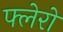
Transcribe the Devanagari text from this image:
फ्लेरो